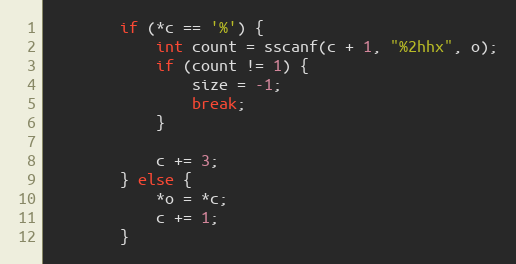
Language: C
		if (*c == '%') {
			int count = sscanf(c + 1, "%2hhx", o);
			if (count != 1) {
				size = -1;
				break;
			}

			c += 3;
		} else {
			*o = *c;
			c += 1;
		}